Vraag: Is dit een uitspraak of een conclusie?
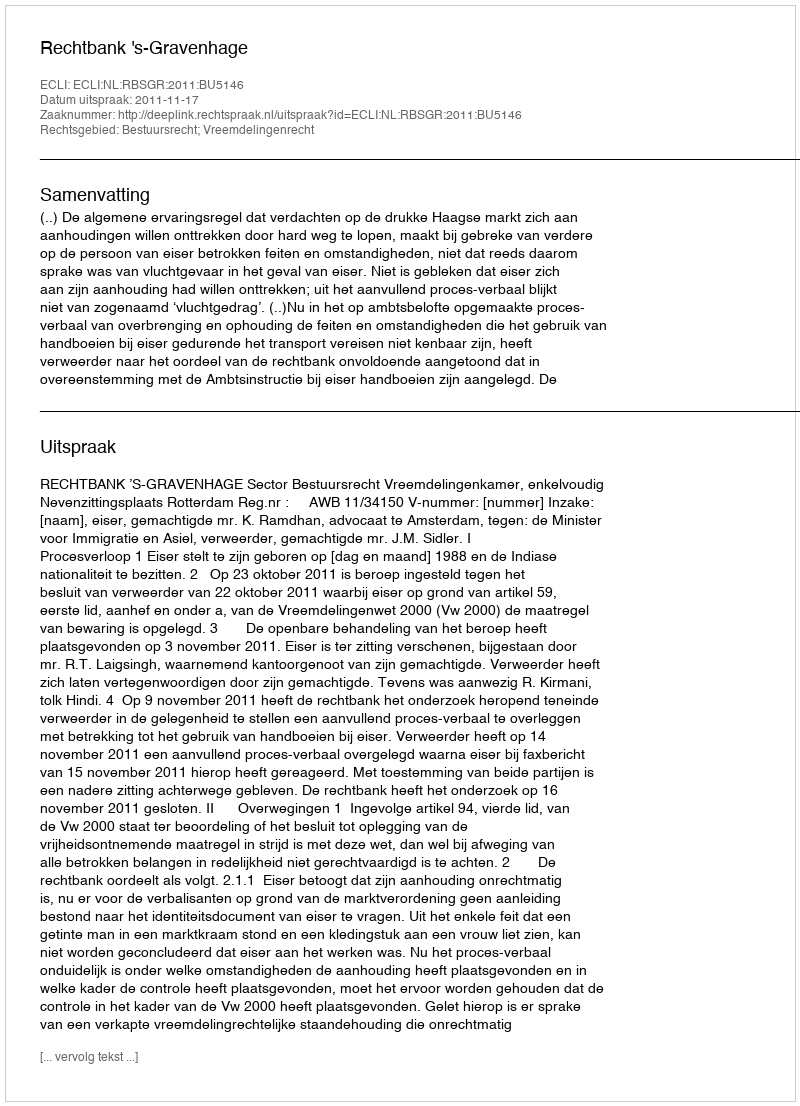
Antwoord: Uitspraak